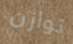
توازن